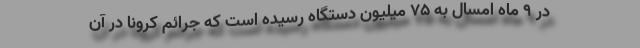
در ۹ ماه امسال به ۷۵ میلیون دستگاه رسیده است که جرائم کرونا در آن